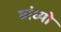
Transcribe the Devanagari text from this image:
बांध्‍यो